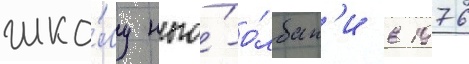
шко́лу нью́-о́лбан'и в 1976